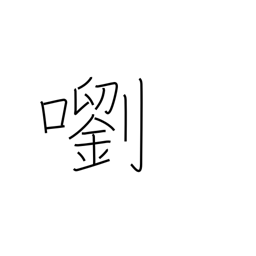
Meaning: a clear sound